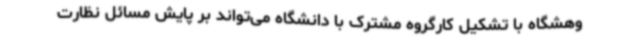
وهشگاه با تشکیل کارگروه مشترک با دانشگاه می‌تواند بر پایش مسائل نظارت